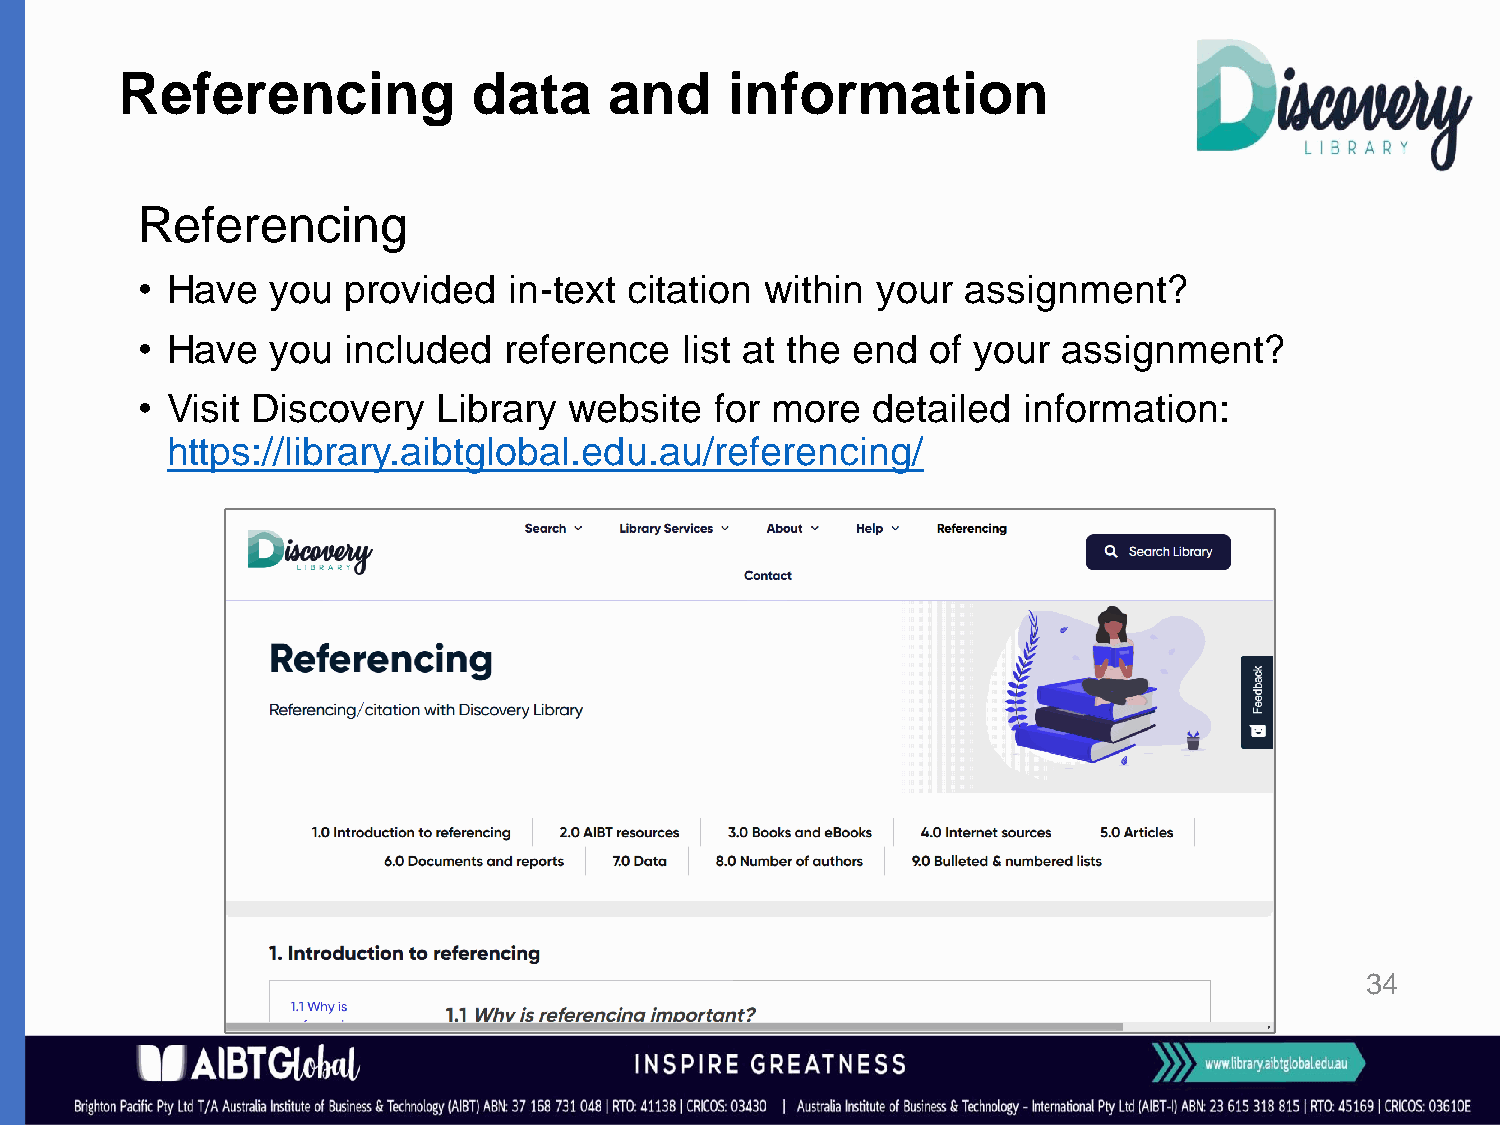
Referencing            data     and     information
 Referencing
 • Have   you  provided   in-text citation within your  assignment?
 • Have   you  included  reference   list at the end  of your assignment?
 • Visit Discovery   Library  website  for more   detailed  information:
 https://library.aibtglobal.edu.au/referencing/
 34